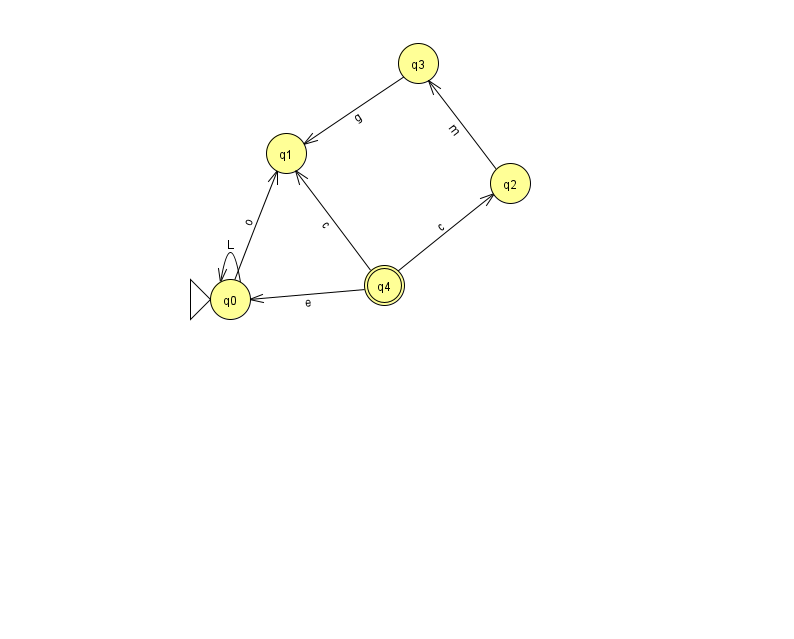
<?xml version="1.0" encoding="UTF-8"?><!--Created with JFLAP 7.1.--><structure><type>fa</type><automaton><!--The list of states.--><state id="0" name="q0"><x>230.0</x><y>286.0</y><initial/></state><state id="1" name="q1"><x>286.0</x><y>140.0</y></state><state id="2" name="q2"><x>510.0</x><y>170.0</y></state><state id="3" name="q3"><x>418.0</x><y>50.0</y></state><state id="4" name="q4"><x>384.0</x><y>272.0</y><final/></state><!--The list of transitions.--><transition><from>2</from><to>3</to><read>m</read></transition><transition><from>4</from><to>1</to><read>c</read></transition><transition><from>0</from><to>1</to><read>o</read></transition><transition><from>3</from><to>1</to><read>g</read></transition><transition><from>4</from><to>0</to><read>e</read></transition><transition><from>0</from><to>0</to><read>L</read></transition><transition><from>4</from><to>2</to><read>c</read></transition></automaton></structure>